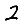
Digit: 2